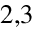
^ { 2 , 3 }